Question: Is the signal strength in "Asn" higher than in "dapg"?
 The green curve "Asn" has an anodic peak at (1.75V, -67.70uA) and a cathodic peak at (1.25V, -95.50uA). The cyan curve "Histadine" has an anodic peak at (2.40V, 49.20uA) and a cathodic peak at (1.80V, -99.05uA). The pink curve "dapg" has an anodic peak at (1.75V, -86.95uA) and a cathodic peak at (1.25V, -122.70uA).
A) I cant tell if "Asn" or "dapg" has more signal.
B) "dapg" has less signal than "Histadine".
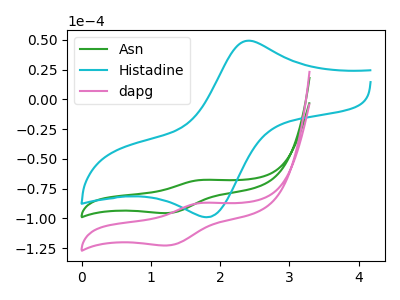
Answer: <think>All the peaks in "Asn" have a peak in "dapg" at the same potential.
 </think>
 <answer>A) I cant tell if "Asn" or "dapg" has more signal.</answer>
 <eval>A</eval>